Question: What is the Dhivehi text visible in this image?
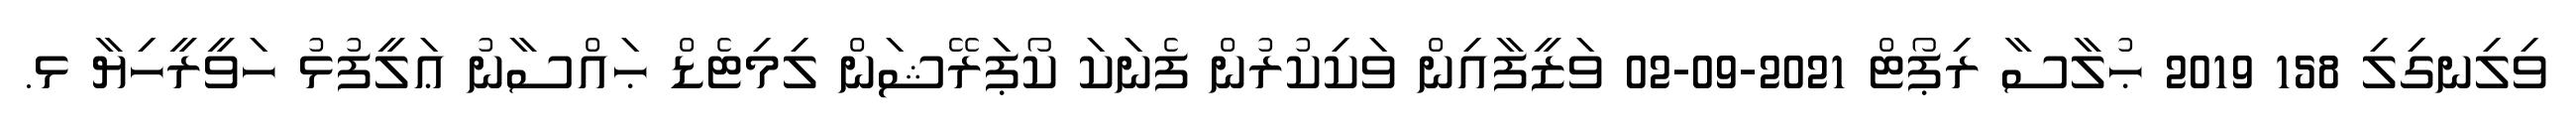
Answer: ވިލިނގިލި 158 2019 ޙުލާސާ ރިޕޯޓް 2021-09-02 ވަޒީފާއިން ވަކިކުރުން ފެނަކަ ކޯޕަރޭޝަން ލިމިޓެޑް ޙައްސާނު ޢަލީފުޅު ހަވީރީހިޔާ ޅ.